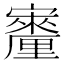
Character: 𪧳